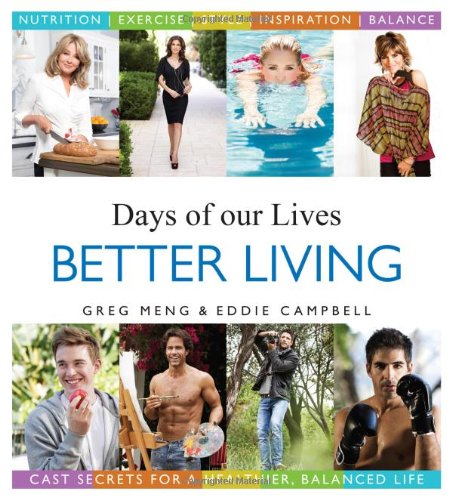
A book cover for Days of our Lives Better Living: Cast Secrets for a Healthier, Balanced Life; Greg Meng; Humor & Entertainment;